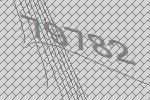
79782